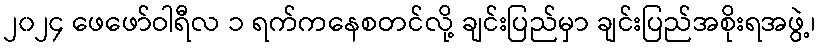
၂၀၂၄ ဖေဖော်ဝါရီလ ၁ ရက်ကနေစတင်လို့ ချင်းပြည်မှာ ချင်းပြည်အစိုးရအဖွဲ့၊